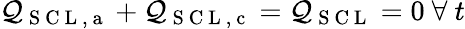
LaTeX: \mathcal{Q}_{\mathrm{{~S~C~L~,~a~}}}+\mathcal{Q}_{\mathrm{{~S~C~L~,~c~}}}=\mathcal{Q}_{\mathrm{{~S~C~L~}}}=0\ \forall\ t